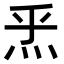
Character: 𤇠